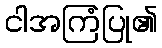
ငါအကြံပြု၏